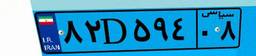
۸۲D۵۹۴۰۸